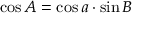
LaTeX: \cos A = \cos a \cdot \sin B